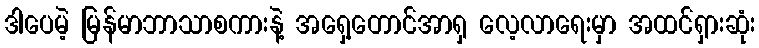
ဒါပေမဲ့ မြန်မာဘာသာစကားနဲ့ အရှေ့တောင်အာရှ လေ့လာရေးမှာ အထင်ရှားဆုံး